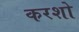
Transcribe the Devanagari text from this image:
करशो